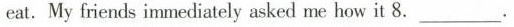
eat.My friends immediately asked me how it 8.___.